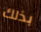
بذلك